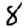
Digit: 8